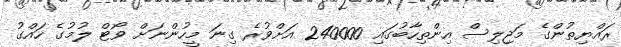
ރައްޔިތުންގެ މަޖިލިސް އިންތިހާބުގައި 240000 އަށްވުރެ ގިނަ މީހުންނަށް ވޯޓް ލުމުގެ ހައްގު